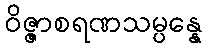
ဝိဇ္ဇာစရဏသမ္ပန္နေ